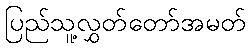
ပြည်သူ့လွှတ်တော်အမတ်